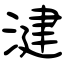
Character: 湕